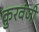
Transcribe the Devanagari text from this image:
कुरवंजी